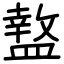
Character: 盩